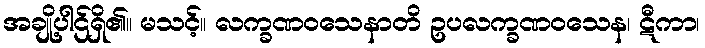
အချို့ပါဌ်ရှိ၏။ မသင့်။ လက္ခဏဝသေနာတိ ဥပလက္ခဏဝသေန၊ ဋီကာ၊